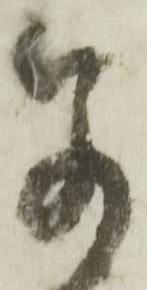
若